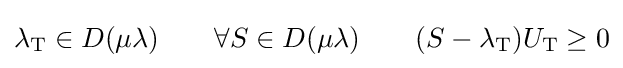
\lambda _{\rm {T}}\in D(\mu \lambda )~~~~~~\forall S\in D(\mu \lambda )~~~~~~(S-\lambda _{\rm {T}})U_{\rm {T}}\geq 0